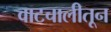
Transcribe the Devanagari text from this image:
वाटचालीतून